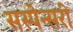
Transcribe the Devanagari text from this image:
सस्पेन्सरी